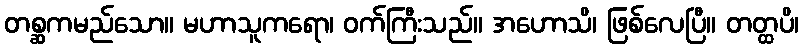
တစ္ဆကမည်သော။ မဟာသူကရော၊ ဝက်ကြီးသည်။ အဟောသိ၊ ဖြစ်လေပြီ။ တတ္ထပိ၊